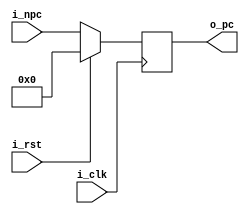
`timescale 1ns / 1ps
//////////////////////////////////////////////////////////////////////////////////
// Company: 
// Engineer: 
// 
// Design Name: 
// Module Name: pc 
// Project Name: 
// Target Devices: 
// Tool Versions: 
// Description: 
//  
// Dependencies: 
//  i_clk, i_rst, i_npc
// Revision:
// Revision 0.01 - File Created
// Additional Comments:
// 
//////////////////////////////////////////////////////////////////////////////////


module pc (
    input  wire        i_clk,  // 
    input  wire        i_rst,  // 
    input  wire [31:0] i_npc,  // 
    output reg  [31:0] o_pc    // 
);

  always @(posedge i_clk) begin
    if (i_rst) begin
      o_pc <= 31'b0;
    end else begin
      o_pc <= i_npc;
    end
  end
endmodule